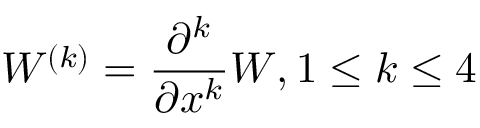
W ^ { ( k ) } = \frac { \partial ^ { k } } { \partial x ^ { k } } W , 1 \leq k \leq 4